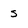
Character: S